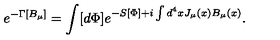
e ^ { - \Gamma [ B _ { \mu } ] } = \int [ d \Phi ] e ^ { - S [ \Phi ] + i \int d ^ { 4 } x J _ { \mu } ( x ) B _ { \mu } ( x ) } .